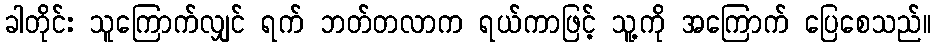
ခါတိုင်း သူကြောက်လျှင် ရက် ဘတ်တလာက ရယ်ကာဖြင့် သူ့ကို အကြောက် ပြေစေသည်။